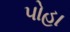
પોહા